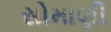
સોમાણી